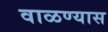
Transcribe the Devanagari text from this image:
वाळण्यास